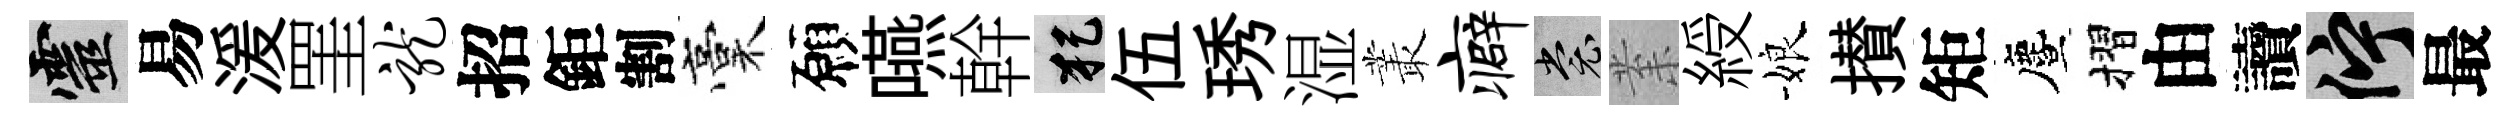
靈易湲罣龙招鉅割稾願嚥幹犯伍琇湿叢癖裳𭪙綬娘攅矩󵨌摺由讀伫最